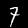
Digit: 7